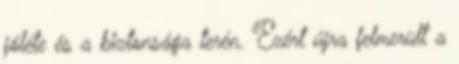
jóléte és a biztonsága terén. Ezért újra felmerült a